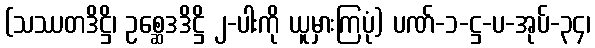
(သဿတဒိဋ္ဌိ၊ ဥစ္ဆေဒဒိဋ္ဌိ ၂-ပါးကို ယူမှားကြပုံ) ပဏ်-၁-ဋ္ဌ-ပ-အုပ်-၃၄၊